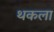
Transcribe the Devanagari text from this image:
थकला